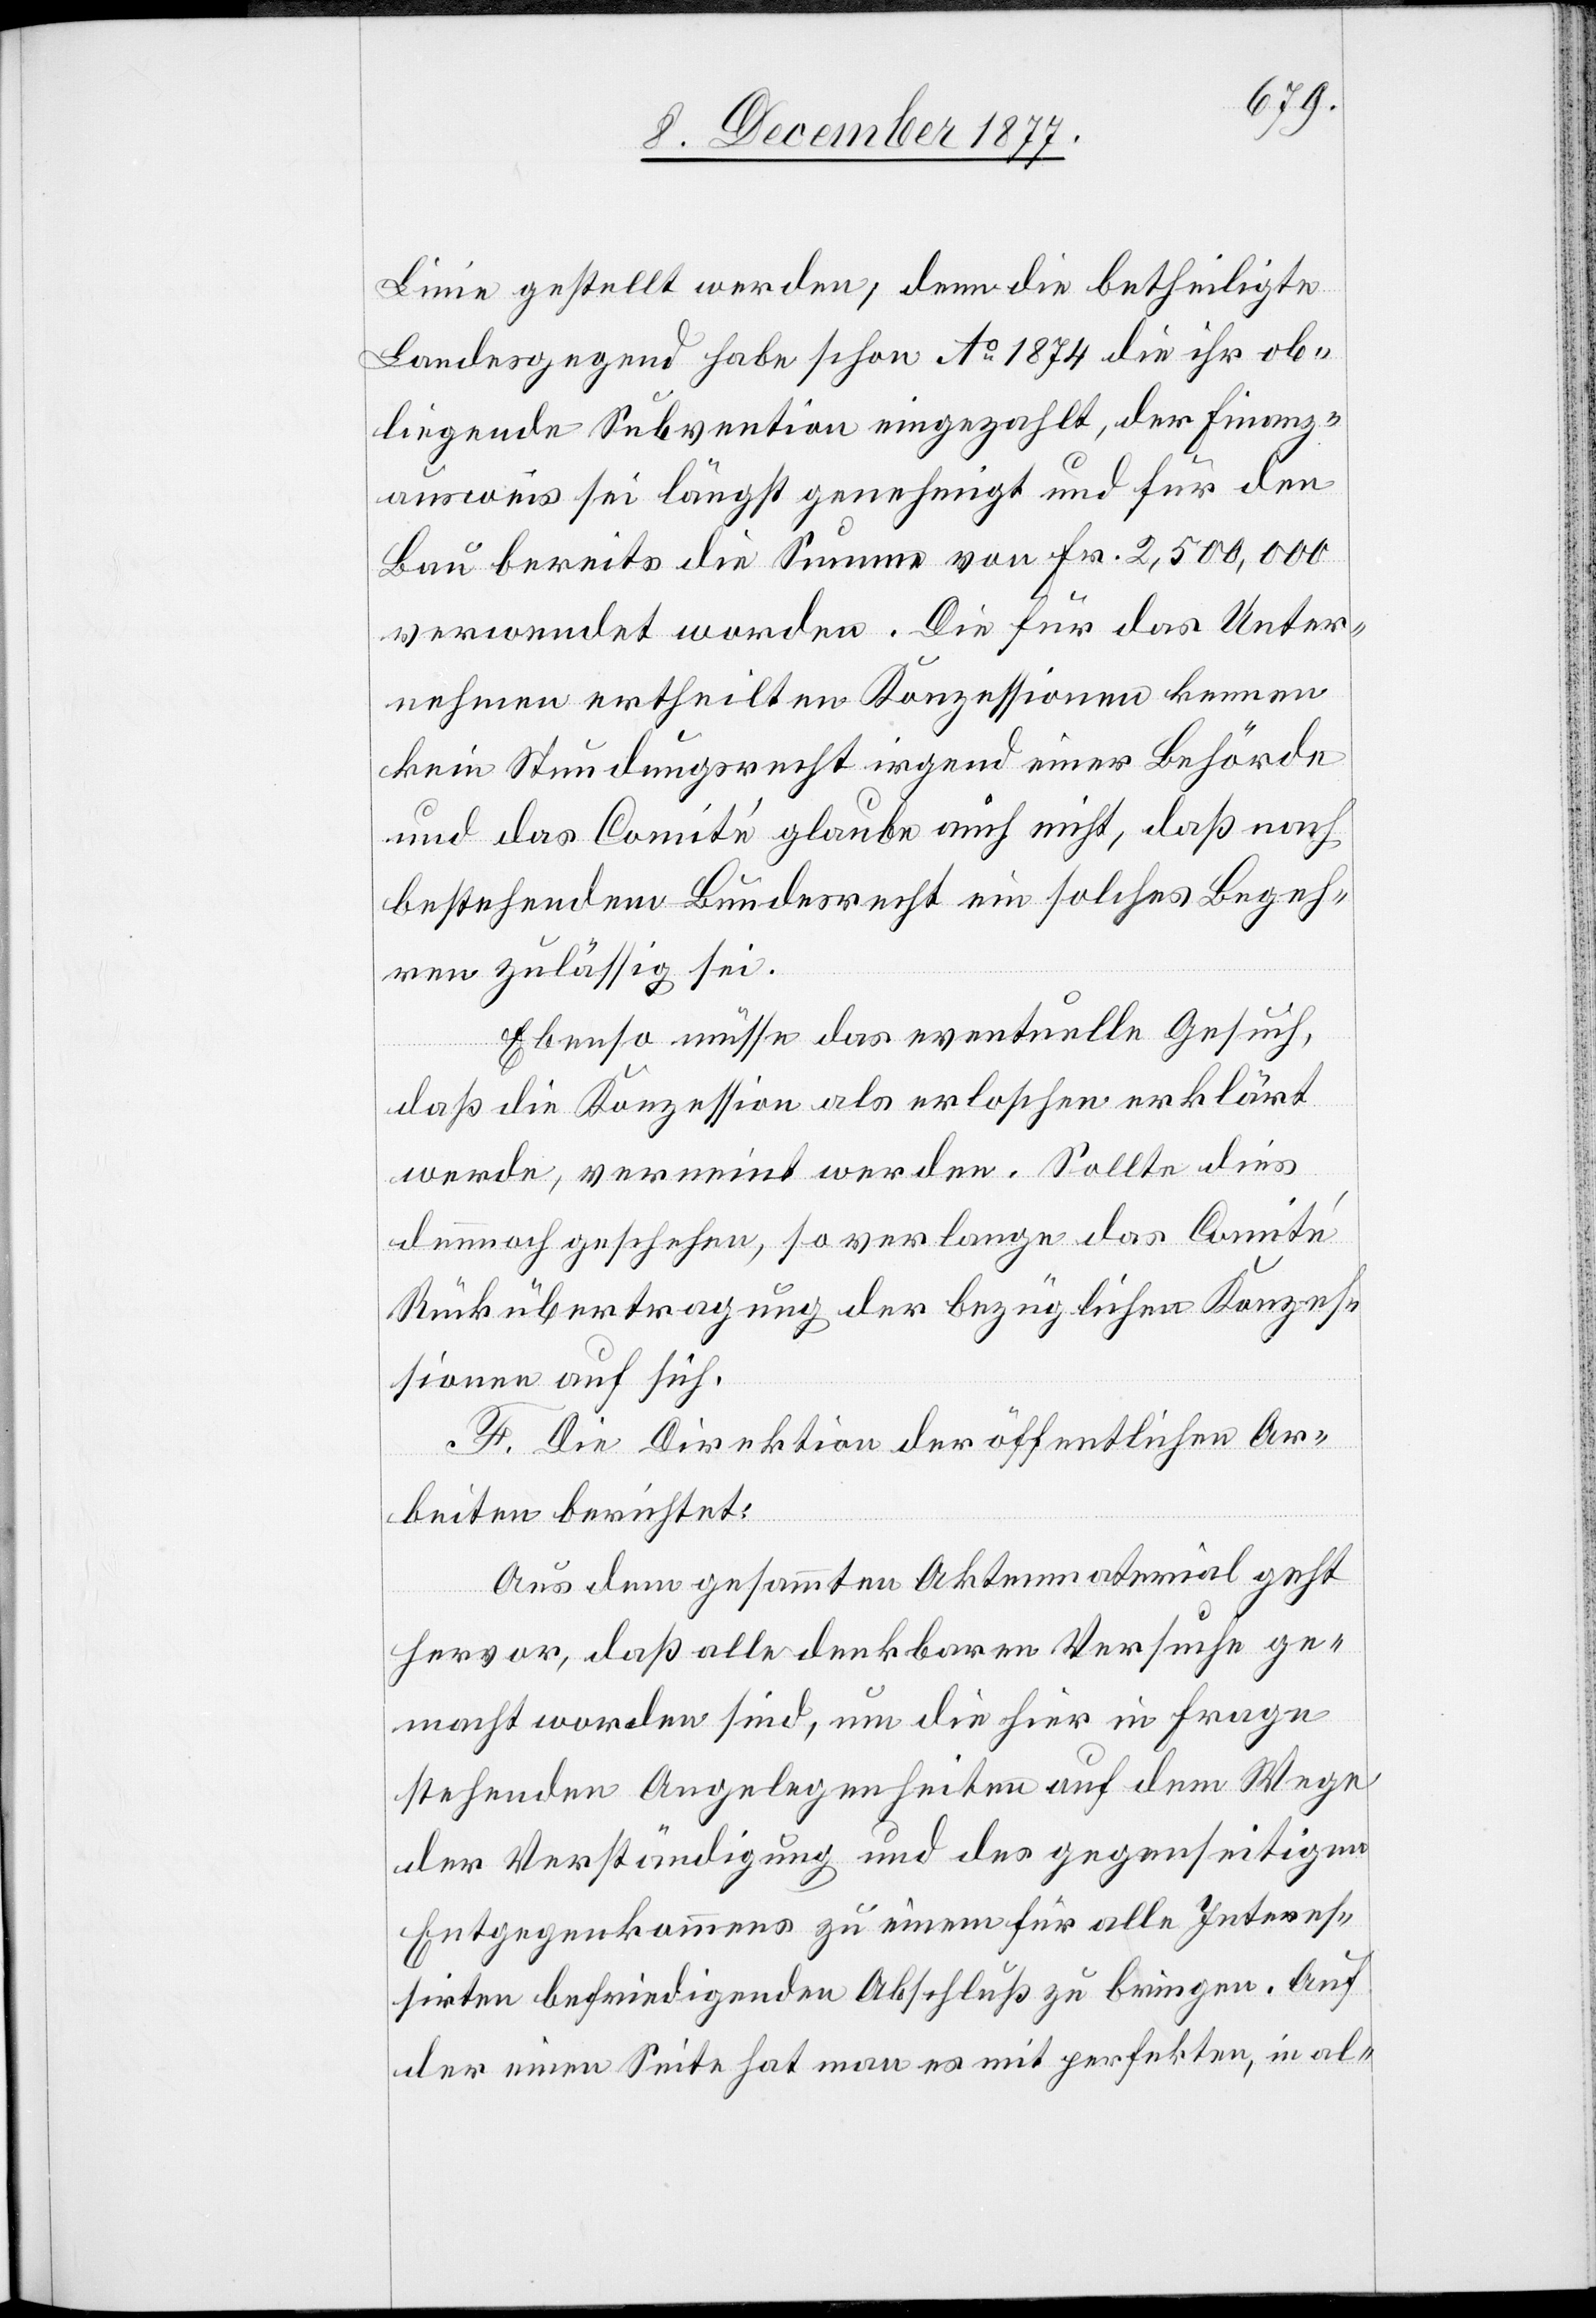
Linie gestellt werden, denn die betheiligte
Landesgegend habe schon Ao 1874 die ihr ob¬
liegende Subvention eingezahlt, der Finanz¬
ausweis sei längst genehmigt und für den
Bau bereits die Summe von Fr. 2,500,000
verwendet worden. Die für das Unter¬
nehmen ertheilten Konzessionen kennen
kein Stundungsrecht irgend einer Behörde
und das Comité glaube auch nicht, daß nach
bestehendem Bundesrecht ein solches Begeh¬
ren zulässig sei.
Ebenso müsse das eventuelle Gesuch,
daß die Konzession als erloschen erklärt
werde, verneint werden. Sollte dies
dennnoch geschehen, so verlange das Comité
Rückübertragung der bezüglichen Konzes¬
sionen auf sich.
F. Die Direktion der öffentlichen Ar¬
beiten berichtet:
Aus dem gesammten Aktenmaterial geht
hervor, daß alle denkbaren Versuche ge¬
macht worden sind, um die hier in Frage
stehenden Angelegenheiten auf dem Wege
der Verständigung und des gegenseitigen
Entgegenkommens zu einem für alle Interes¬
sirten befriedigenden Abschluß zu bringen. Auf
der einen Seite hat man es mit perfekten, in al-